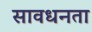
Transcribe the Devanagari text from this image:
सावधनता